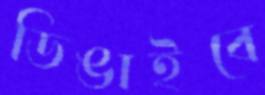
ডিঙাইবে